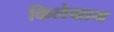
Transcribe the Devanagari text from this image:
किलेग्राम